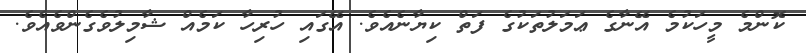
ކޮންމެ މީހަކުމެ އޭނާގެ ޢަމަލުތަކުގެ ފަތް ކިޔާނެއެވެ. އޭގައި ހުރިހާ ކަމެއް ޝާމިލުވެގެންވެއެވެ.